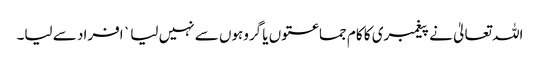
اللہ تعالیٰ نے پیغمبری کا کام جماعتوں یا گروہوں سے نہیں لیا ` افراد سے لیا۔